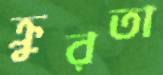
ক্রুরতা